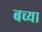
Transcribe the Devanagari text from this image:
बच्या